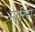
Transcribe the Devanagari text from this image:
मारिटा